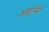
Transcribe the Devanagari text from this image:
आइटीसी